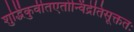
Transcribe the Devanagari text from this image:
शुद्धिंकुर्वीतएतोन्विंद्रेतिसूक्ततः